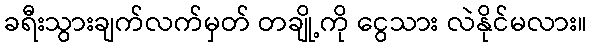
ခရီးသွားချက်လက်မှတ် တချို့ကို ငွေသား လဲနိုင်မလား။